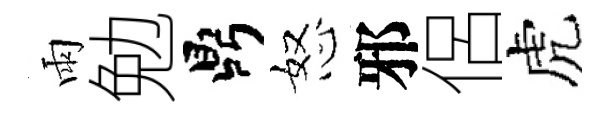
雨勉鼎怒邪侶虎